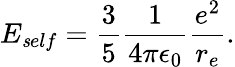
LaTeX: E_{\mathit self}=\frac{3}{5}\frac{1}{4\pi\epsilon_{0}}\frac{e^{2}}{r_{e}}.